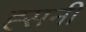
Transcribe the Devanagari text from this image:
ह्सनी